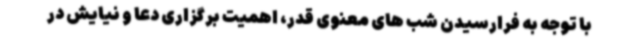
با توجه به فرارسیدن شب های معنوی قدر، اهمیت برگزاری دعا و نیایش در